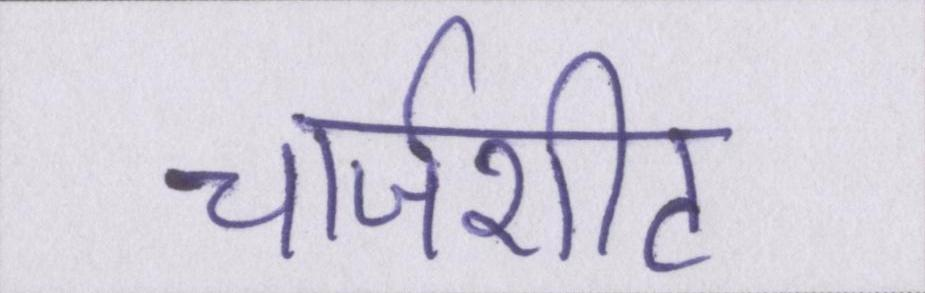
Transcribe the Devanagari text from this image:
चार्जशीट